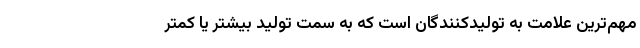
مهم‌ترین علامت به تولیدکنندگان است که به سمت تولید بیشتر یا کمتر